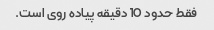
فقط حدود 10 دقیقه پیاده روی است.